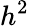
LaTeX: h^{2}